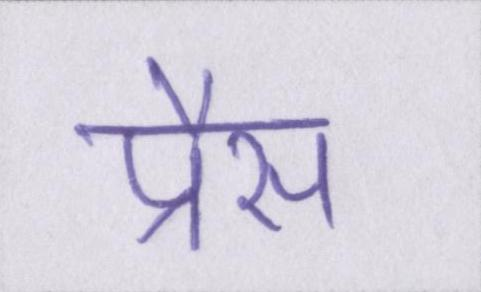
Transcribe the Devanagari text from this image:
प्रैस